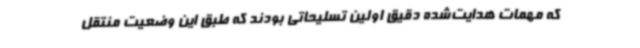
که مهمات هدایت‌شده دقیق اولین تسلیحاتی بودند که طبق این وضعیت منتقل